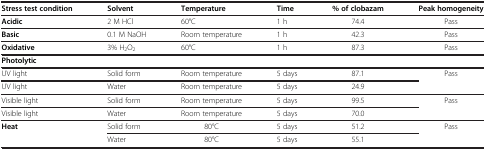
<table><thead><tr><td><b>Stress test condition</b></td><td><b>Solvent</b></td><td><b>Temperature</b></td><td><b>Time</b></td><td><b>% of clobazam</b></td><td><b>Peak homogeneity</b></td></tr></thead><tbody><tr><td><b>Acidic</b></td><td>2 M HCl</td><td>60°C</td><td>1 h</td><td>74.4</td><td>Pass</td></tr><tr><td><b>Basic</b></td><td>0.1 M NaOH</td><td>Room temperature</td><td>1 h</td><td>42.3</td><td>Pass</td></tr><tr><td><b>Oxidative</b></td><td>3% H<sub>2</sub>O<sub>2</sub></td><td>60°C</td><td>1 h</td><td>87.3</td><td>Pass</td></tr><tr><td><b>Photolytic</b></td><td> </td><td> </td><td> </td><td> </td><td> </td></tr><tr><td>UV light</td><td>Solid form</td><td>Room temperature</td><td>5 days</td><td>87.1</td><td rowspan="2">Pass</td></tr><tr><td>UV light</td><td>Water</td><td>Room temperature</td><td>5 days</td><td>24.9</td></tr><tr><td>Visible light</td><td>Solid form</td><td>Room temperature</td><td>5 days</td><td>99.5</td><td rowspan="2">Pass</td></tr><tr><td>Visible light</td><td>Water</td><td>Room temperature</td><td>5 days</td><td>70.0</td></tr><tr><td rowspan="2"><b>Heat</b></td><td>Solid form</td><td>80°C</td><td>5 days</td><td>51.2</td><td rowspan="2">Pass</td></tr><tr><td>Water</td><td>80°C</td><td>5 days</td><td>55.1</td></tr></tbody></table>